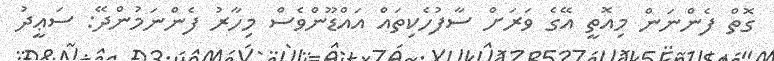
ގޮތް ފެންނަން މިއޮތީ އޭގެ ވަރަށް ސާފުހެކިތައް އައްޑޫންވެސް މިހާރު ފެންނަމުންދޭ: ސަޢީދު